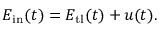
E _ { \mathrm { i n } } ( t ) = E _ { \mathrm { t l } } ( t ) + u ( t ) .